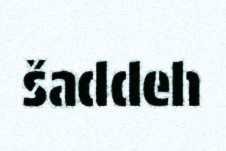
šaddeh